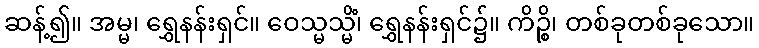
ဆန့်၍။ အမ္မ၊ ရွှေနန်းရှင်။ ဝေသ္မသ္မိံ၊ ရွှေနန်းရှင်၌။ ကိဉ္စိ၊ တစ်ခုတစ်ခုသော။